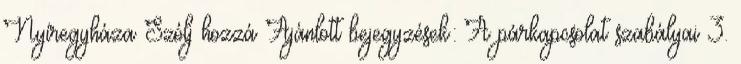
Nyíregyháza Szólj hozzá Ajánlott bejegyzések: A párkapcsolat szabályai 3.